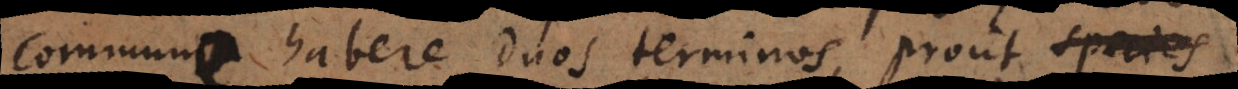
commune habere duos terminos, prout species